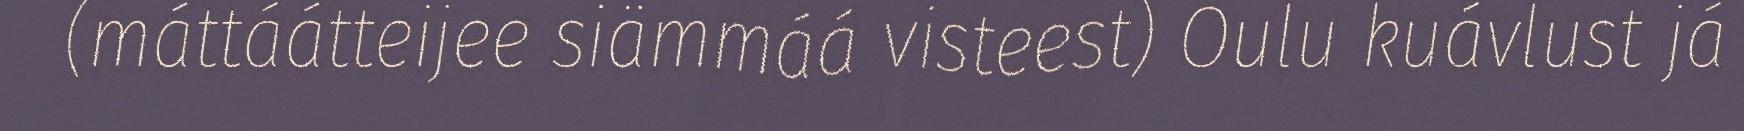
(máttáátteijee siämmáá visteest) Oulu kuávlust já